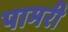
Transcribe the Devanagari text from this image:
पामरी